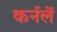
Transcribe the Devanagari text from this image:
कर्नलें